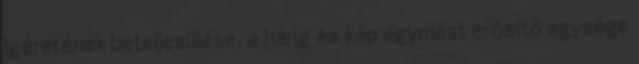
igéretének beteljesülése, a hang és kép egymást erősítő egysége